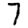
Digit: 7